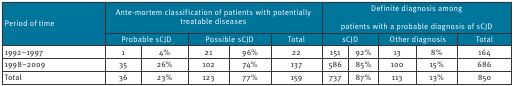
<table><thead><tr><td rowspan="2"><b>Period of time</b></td><td colspan="5"><b>Ante-mortem classification of patients with potentially treatable diseases</b></td><td colspan="5"><b>Definite diagnosis amongpatients with a probable diagnosis of sCJD</b></td></tr><tr><td colspan="2"><b>Probable sCJD</b></td><td colspan="2"><b>Possible sCJD</b></td><td><b>Total</b></td><td colspan="2"><b>sCJD</b></td><td colspan="2"><b>Other diagnosis</b></td><td><b>Total</b></td></tr></thead><tbody><tr><td>1992–1997</td><td>1</td><td>4%</td><td>21</td><td>96%</td><td><b>22</b></td><td>151</td><td>92%</td><td>13</td><td>8%</td><td><b>164</b></td></tr><tr><td>1998–2009</td><td>35</td><td>26%</td><td>102</td><td>74%</td><td><b>137</b></td><td>586</td><td>85%</td><td>100</td><td>15%</td><td><b>686</b></td></tr><tr><td><b>Total</b></td><td><b>36</b></td><td><b>23%</b></td><td><b>123</b></td><td><b>77%</b></td><td><b>159</b></td><td><b>737</b></td><td><b>87%</b></td><td><b>113</b></td><td><b>13%</b></td><td><b>850</b></td></tr></tbody></table>